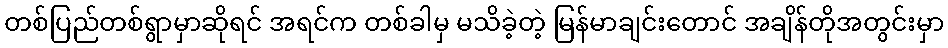
တစ်ပြည်တစ်ရွာမှာဆိုရင် အရင်က တစ်ခါမှ မသိခဲ့တဲ့ မြန်မာချင်းတောင် အချိန်တိုအတွင်းမှာ